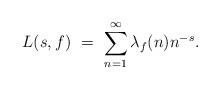
LaTeX: \begin{align*} L(s,f)\ =\ \sum_{n=1}^\infty \lambda_f(n) n^{-s}. \end{align*}